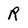
Character: R